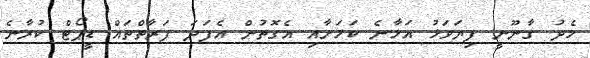
މެދު ގާނޫނީ ފިޔަވަޅު އަޅާނެ ކަމަށާއި އެގޮތުން އެފަދަ ފަރާތްތައް ޑީޕޯޓް ކުރާނެ